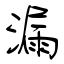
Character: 漏